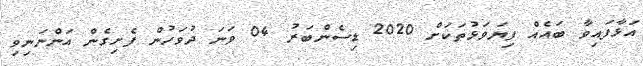
އަޅާފައިވާ ބައެއް ފިޔަވަޅުތަކަށް 2020 ޑިސެންބަރު 04 ވަނަ ދުވަހުން ފެށިގެން އަންނަނިވި